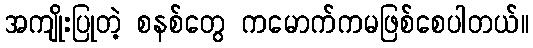
အကျိုးပြုတဲ့ စနစ်တွေ ကမောက်ကမဖြစ်စေပါတယ်။